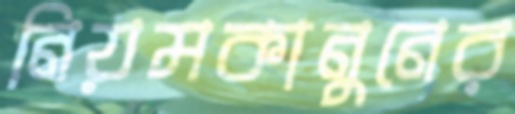
নিয়মকানুনের